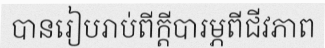
បានរៀបរាប់ពីក្តីបារម្ភពីជីវភាព